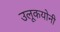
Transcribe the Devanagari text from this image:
उलूकयोनी